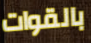
بالقوات